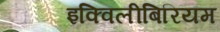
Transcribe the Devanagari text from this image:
इक्विलीबिरियम